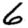
Digit: 6